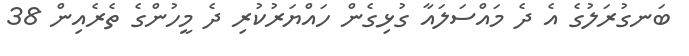
ބަނގުރަލުގެ އެ ދެ މައްސަލައާ ގުޅިގެން ހައްޔަރުކުރި ދެ މީހުންގެ ތެރެއިން 38